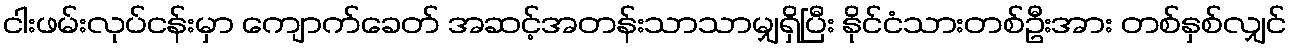
ငါးဖမ်းလုပ်ငန်းမှာ ကျောက်ခေတ် အဆင့်အတန်းသာသာမျှရှိပြီး နိုင်ငံသားတစ်ဦးအား တစ်နှစ်လျှင်